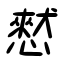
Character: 憖